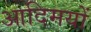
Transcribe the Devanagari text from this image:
आदिमयों